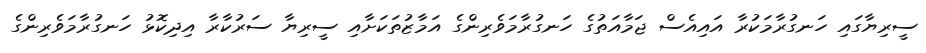
ސީރިޔާގައި ހަނގުރާމަކުރާ އައިއެސް ޖަމާއަތުގެ ހަނގުރާމަވެރިންގެ އަމާޒުތަކަށާއި ސީރިޔާ ސަރުކާރާ އިދިކޮޅު ހަނގުރާމަވެރިންގެ